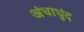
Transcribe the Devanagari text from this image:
अंधाधुंद